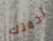
أخفتك